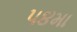
૫૪મા